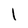
Character: I